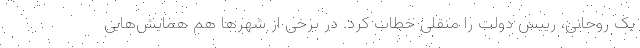
یک روحانی، رییس دولت را منقلی خطاب کرد. در برخی از شهرها هم همایش‌هایی